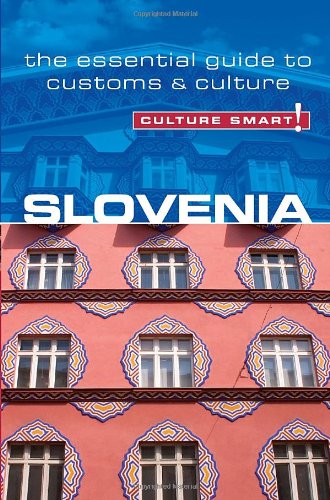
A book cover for Slovenia - Culture Smart!: The Essential Guide to Customs & Culture; Jason Blake; Business & Money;